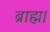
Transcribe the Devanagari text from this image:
ब्राह्म।